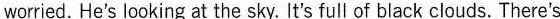
worried. He's looking at the sky. It's full of black clouds.There's